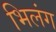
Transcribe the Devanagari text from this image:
भिलंग